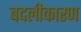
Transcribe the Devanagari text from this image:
बदलीकारण